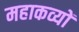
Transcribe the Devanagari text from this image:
महाकव्यों